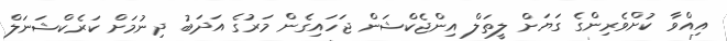
އިއްވާ ކުށްވެރިންގެ ގަޔަށް ލީތަލް އިންޖެކްޝަން ޖަހައިގެން މަރުގެ އަދަބު ދިނުމަށް ކަރެކްޝަނަލް